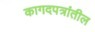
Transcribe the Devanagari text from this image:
कागदपत्रांतील